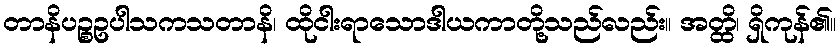
တာနိပဉ္စဥပါသကသတာနိ၊ ထိုငါးရာသောဒါယကာတို့သည်လည်း။ အတ္ထိ၊ ရှိကုန်၏။